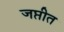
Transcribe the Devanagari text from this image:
जप्तीत